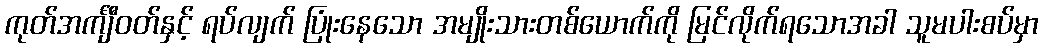
ကုတ်အင်္ကျီဝတ်နှင့် ရပ်လျက် ပြုံးနေသော အမျိုးသားတစ်ယောက်ကို မြင်လိုက်ရသောအခါ သူမပါးစပ်မှာ